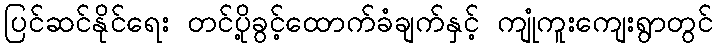
ပြင်ဆင်နိုင်ရေး တင်ပို့ခွင့်ထောက်ခံချက်နှင့် ကျုံကူးကျေးရွာတွင်